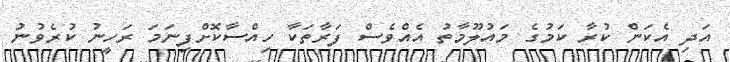
އަދި އެކަން ކުރާ ކަމުގެ މައުލޫމާތު އެއްވެސް ފަރާތަކާ ހިއްސާކޮށްފިނަމަ ރަހީނު ކުރެވުނު